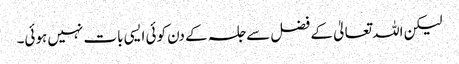
لیکن اللہ تعالیٰ کے فضل سے جلسہ کے دن کوئی ایسی بات نہیں ہوئی۔